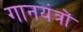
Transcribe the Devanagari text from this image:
गानयंत्रों